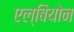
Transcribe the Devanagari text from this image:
एल्बियोन